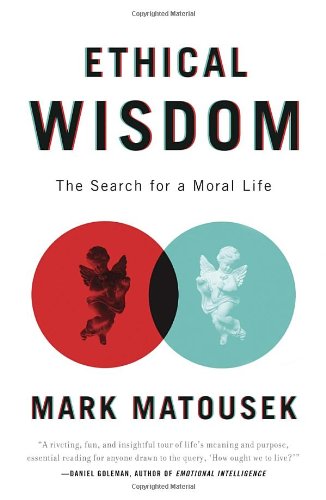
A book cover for Ethical Wisdom: The Search for a Moral Life; Mark Matousek; Politics & Social Sciences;